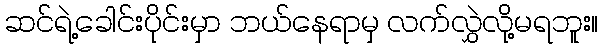
ဆင်ရဲ့ခေါင်းပိုင်းမှာ ဘယ်နေရာမှ လက်လွှဲလို့မရဘူး။